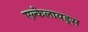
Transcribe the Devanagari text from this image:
एल्केलायड्स